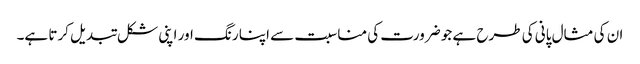
ان کی مثال پانی کی طرح ہے جو ضرورت کی مناسبت سے اپنا رنگ اور اپنی شکل تبدیل کرتا ہے۔